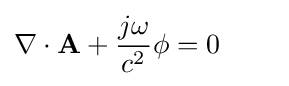
\nabla \cdot \mathbf {A} +{\frac {j\omega }{c^{2}}}\phi =0\qquad